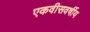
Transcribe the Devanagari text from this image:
एकवीसवर्षीय